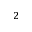
_ 2